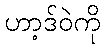
ဟာ့ဒ်ဝဲကို